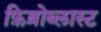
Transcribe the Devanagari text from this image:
फ़िब्रोब्लास्ट